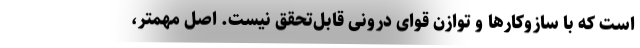
است که با سازوکارها و توازن قوای درونی قابل‌تحقق نیست. اصل مهمتر،